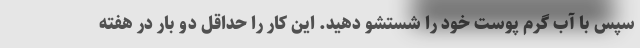
سپس با آب گرم پوست خود را شستشو دهید. این کار را حداقل دو بار در هفته